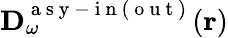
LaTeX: \textbf{D}_{\omega}^{\mathrm{~a~s~y~-~i~n~(~o~u~t~)~}}(\textbf{r})